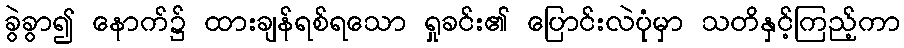
ခွဲခွာ၍ နောက်၌ ထားချန်ရစ်ရသော ရှုခင်း၏ ပြောင်းလဲပုံမှာ သတိနှင့်ကြည့်ကာ